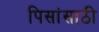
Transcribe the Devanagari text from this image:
पिसांसाठी